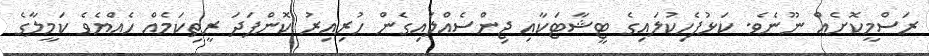
ރަސްމީކޮށެއް ނޫނެވެ. ކަޅުފެހިކުލައިގެ ޓީޝާޓަކާއި ޖިންސެއްލައިގެން ހުރިއިރު ކޮންފަދަ ރީތިކަމެއް ހެއްޔެވެ ކަމީލާގެ